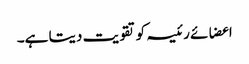
اعضائے رئیسہ کو تقویت دیتا ہے۔